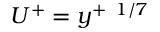
U ^ { + } = { { y ^ { + } } ~ ^ { 1 / 7 } }